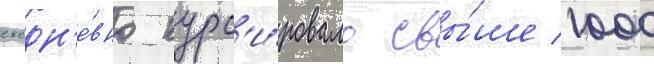
ежедн'е́вно курс'и́ровало свы́ше 1000